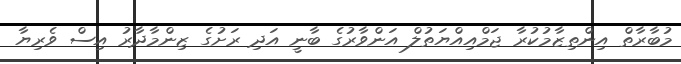
މުބާރާތް އިންތިޒާމުކުރާ ޖަމްއިއްޔަތުލް އަންވާރުގެ ބާނީ އަދި ރަށުގެ ޒިންމާދާރު އިސް ވެރިޔާ